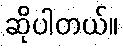
ဆိုပါတယ်။